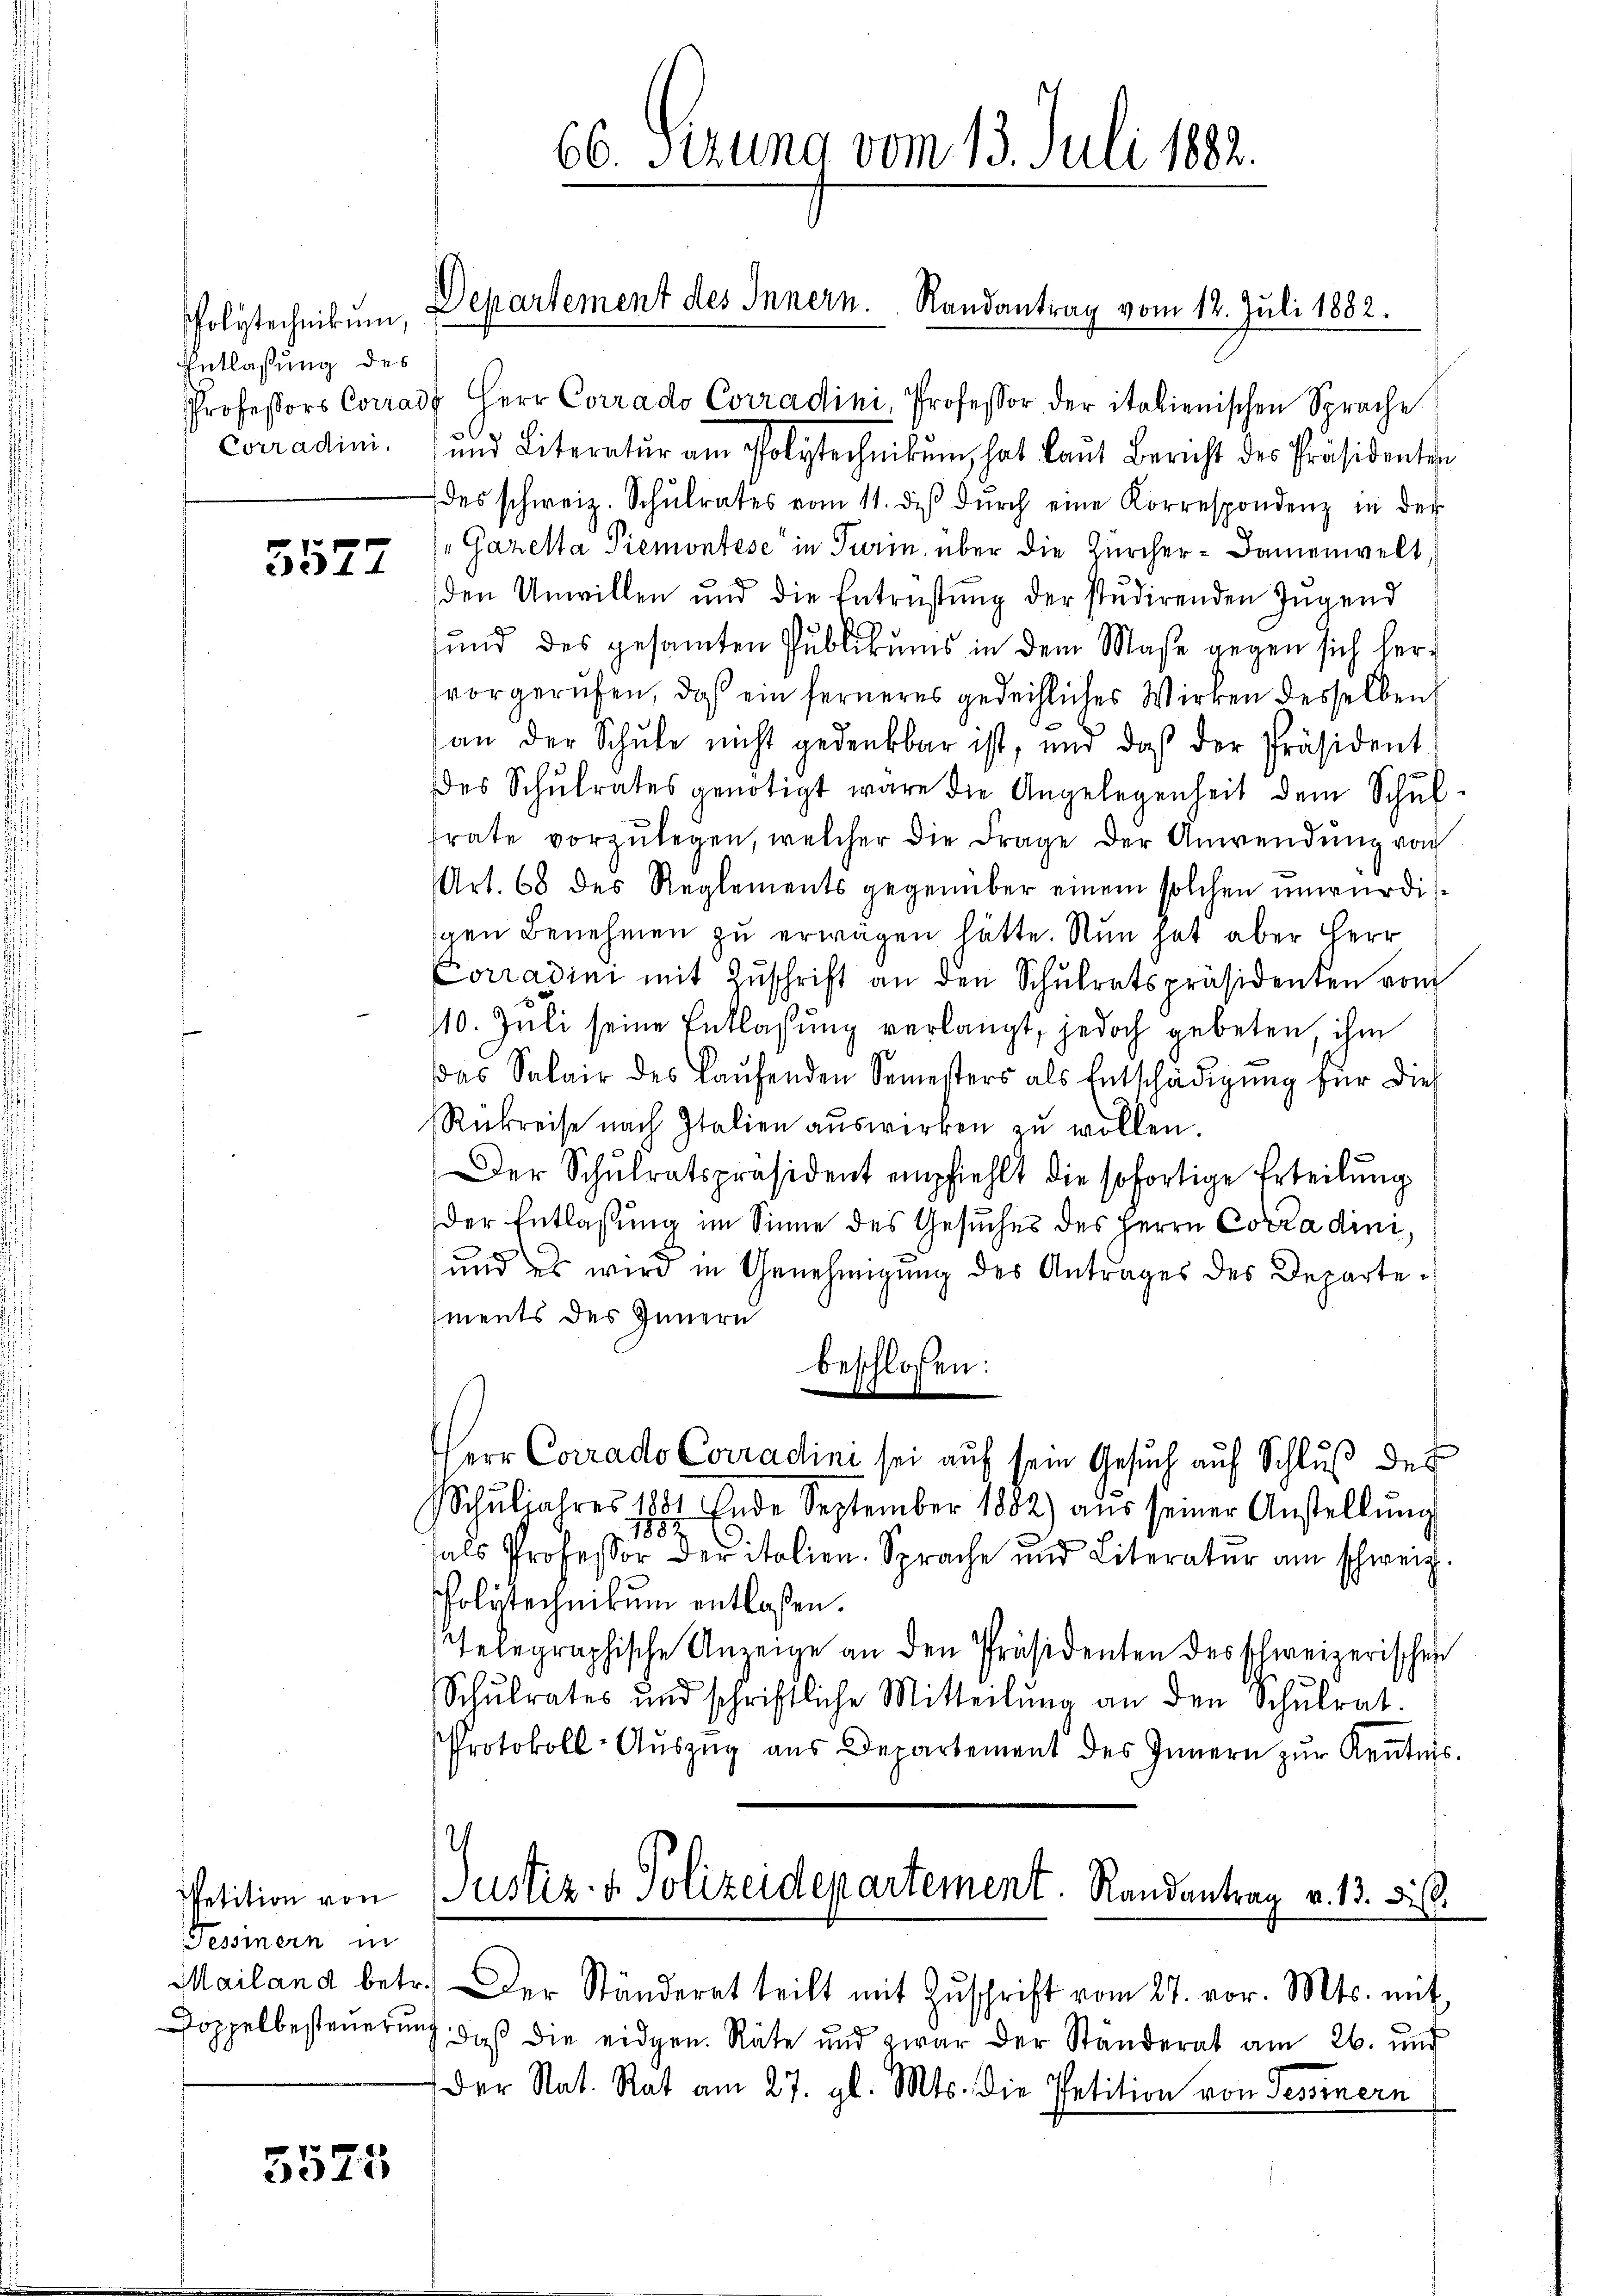
Polytechnikum,
Entlaßung des

5527

Petition von
Tessinern in
Doppelbesteuerung

3525

66. Sizung vom 13. Juli 1882.

Departement des Innern. Randantrag vom 12. Juli 1882.

Professors Conrad Herr Corrado Corradini, Professor der italienischen Sprache
Conradini. und Literatur am Polytechnikum hat laut Bericht des Präsidenten
des schweiz. Schŭlrates vom 11. diβ dŭrch eine Korrespondenz in der
"Gazella Piemontése in Turin über die Zürcher-Damenwelt
den Unwillen und die Entrüstŭng der studirenden Jŭgend
und des gesamten Publikums in dem Maße gegen sich hervorgerufen, daß ein ferneres gedeihliches Wirken desselben
an der Schŭle nicht gedenkbar ist, und daß der Präsident
des Schŭlrates genötigt wäre die Angelegenheit dem Schŭl-
frate vorzŭlegen, welcher die Frage der Anwendung von
Art. 68 des Reglements gegenüber einem solchen unwürdig
gen Benehmen zu erwägen hätte. Nun hat aber Herr
Carradini mit Zŭschrift an den Schŭlratspräsidenten vom
110. Juli seine Entlassung verlangt, jedoch gebeten ihm
das Salair des Laŭfenden Semesters als Entschädigŭng für dies
Rükreise nach Italien auswirken zu wollen.
Der Schŭlratspräsident empfiehlt die sofortige Erteilung
der Entlaßung im Sinne des Gesuches des Herrn Corradini¬
und es wird in Genehmigŭng des Antrages des Departements des Innern
beschlossen:
Herr Corrado Conradini sei auf sein Gesuch auf Schluß des
Schŭljahres 1881 Ende September 1882) aŭs seiner Anstellŭng
1852
hals Professor der italien. Sprache und Literatur am schweiz.
Polytechnikum entlaßen.
Telegraphische Anzeige an den Präsidenten des schweizerischen
Schulrates und schriftliche Mitteilŭng an den Schŭlrat.
Protokoll-Aŭszŭg aŭs Departement des Innern zŭr Keṅtnis.

Justiz- & Polizeidepartement. Randantrag v. 13. Di

Mailand betr. Der Ständerat teilt mit Zŭschrift vom 27. vor. Mts. mit
daß die eidgen. Räte und zwar der Ständerat am 26. und
Der Nat. Rat am 27. gl. Mts. die Petition von Tessinern